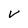
Character: V